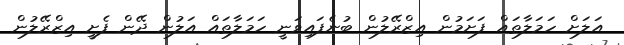
އަލަށް ހަމަލާތައް ފަށަމުން އިޒްރޭލުން ބުނެފައިވަނީ ހަމަލާތައް އަލުން ދޭން ފެށީ އިޒްރޭލުން